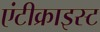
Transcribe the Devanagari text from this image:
एंटीक्राइस्ट